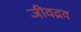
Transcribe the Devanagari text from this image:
जीवद्रव